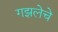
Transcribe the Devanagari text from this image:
गझलेचे